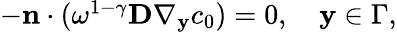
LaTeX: \begin{array}{r}{-\mathbf n\cdot(\omega^{1-\gamma}\textbf{D}\nabla_{\mathbf y}c_{0})=0,\quad\mathbf y\in\Gamma,}\end{array}